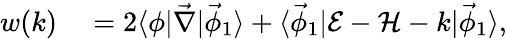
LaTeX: \begin{array}{rl}{w(k)}&{{}=2\langle\phi\lvert\vec{\nabla}\rvert\vec{\phi}_{1}\rangle+\langle\vec{\phi}_{1}\lvert\mathcal{E}-\mathcal{H}-k\rvert\vec{\phi}_{1}\rangle,}\end{array}